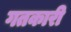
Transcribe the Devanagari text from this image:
गतकारी